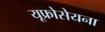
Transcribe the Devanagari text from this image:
यूफ्रोसेयना